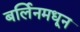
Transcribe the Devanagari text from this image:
बर्लिनमधून